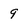
Character: 9